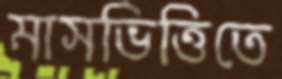
মাসভিত্তিতে